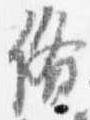
備